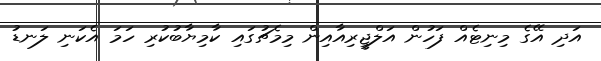
އަދި އޭގެ މިނިޓެއް ފަހުން އަލްޖީރިއާއިން މިމެޗުގައި ކާމިޔާބުކުރި ހަމަ އެކަނި ލަނޑު